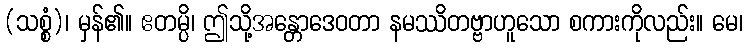
(သစ္စံ)၊ မှန်၏။ ဧတမ္ပိ၊ ဤသို့အန္တောဒေဝတာ နမဿိတဗ္ဗာဟူသော စကားကိုလည်း။ မေ၊